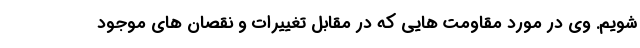
شویم. وی در مورد مقاومت هایی که در مقابل تغییرات و نقصان های موجود